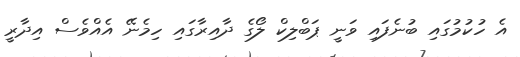
އެ ހުކުމުގައި ބުނެފައި ވަނީ ޕަބްލިކް ލޯގެ ދާއިރާގައި ހިމެނޭ އެއްވެސް އިދާރީ